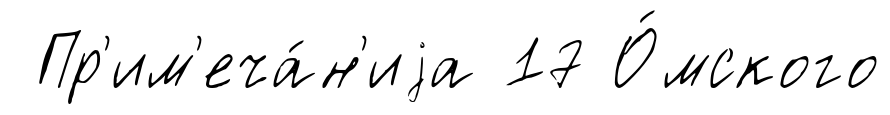
Пр'им'еча́н'иjа 17 О́мского